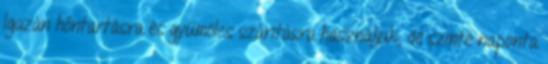
Igazán hőntartásra és gyümölcs száritásra használjuk, de szinte naponta